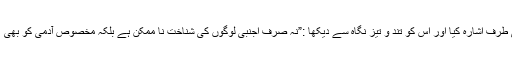
اس نے اپنے بھائی علی خان کی طرف اشارہ کیا اور اس کو تند و تیز نگاہ سے دیکھا :”نہ صرف اجنبی لوگوں کی شناخت نا ممکن ہے بلکہ مخصوص آدمی کو بھی ، مثلاً کسی قریبی عزیز کوبھی ۔